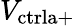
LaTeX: V_{\mathrm{ctrla+}}